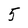
Character: 5